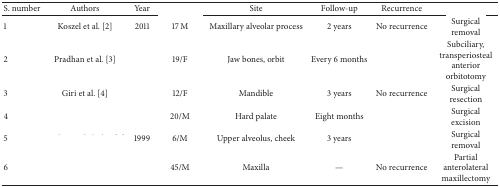
<table><thead><tr><td><b>S. number</b></td><td><b>Authors</b></td><td><b>Year</b></td><td>[EMPTY_CELL]</td><td><b>Site</b></td><td><b>Follow-up </b></td><td><b>Recurrence</b></td><td>[EMPTY_CELL]</td></tr></thead><tbody><tr><td>1</td><td> Koszel et al. [2]</td><td>2011</td><td>17 M</td><td>Maxillary alveolar process</td><td>2 years</td><td>No recurrence</td><td>Surgical removal</td></tr><tr><td>2</td><td> Pradhan et al. [3]</td><td>[EMPTY_CELL]</td><td>19/F</td><td>Jaw bones, orbit</td><td>Every 6 months</td><td>[EMPTY_CELL]</td><td>Subciliary, transperiosteal anterior orbitotomy</td></tr><tr><td>3</td><td> Giri et al. [4]</td><td>[EMPTY_CELL]</td><td>12/F</td><td>Mandible</td><td>3 years</td><td>No recurrence</td><td>Surgical resection</td></tr><tr><td>4</td><td>[EMPTY_CELL]</td><td>[EMPTY_CELL]</td><td>20/M</td><td>Hard palate</td><td>Eight months</td><td>[EMPTY_CELL]</td><td>Surgical excision</td></tr><tr><td>5</td><td>[EMPTY_CELL]</td><td> 1999</td><td>6/M</td><td>Upper alveolus, cheek</td><td>3 years</td><td>[EMPTY_CELL]</td><td>Surgical removal</td></tr><tr><td>6</td><td>[EMPTY_CELL]</td><td>[EMPTY_CELL]</td><td>45/M</td><td>Maxilla</td><td>—</td><td>No recurrence</td><td>Partial anterolateral maxillectomy</td></tr></tbody></table>